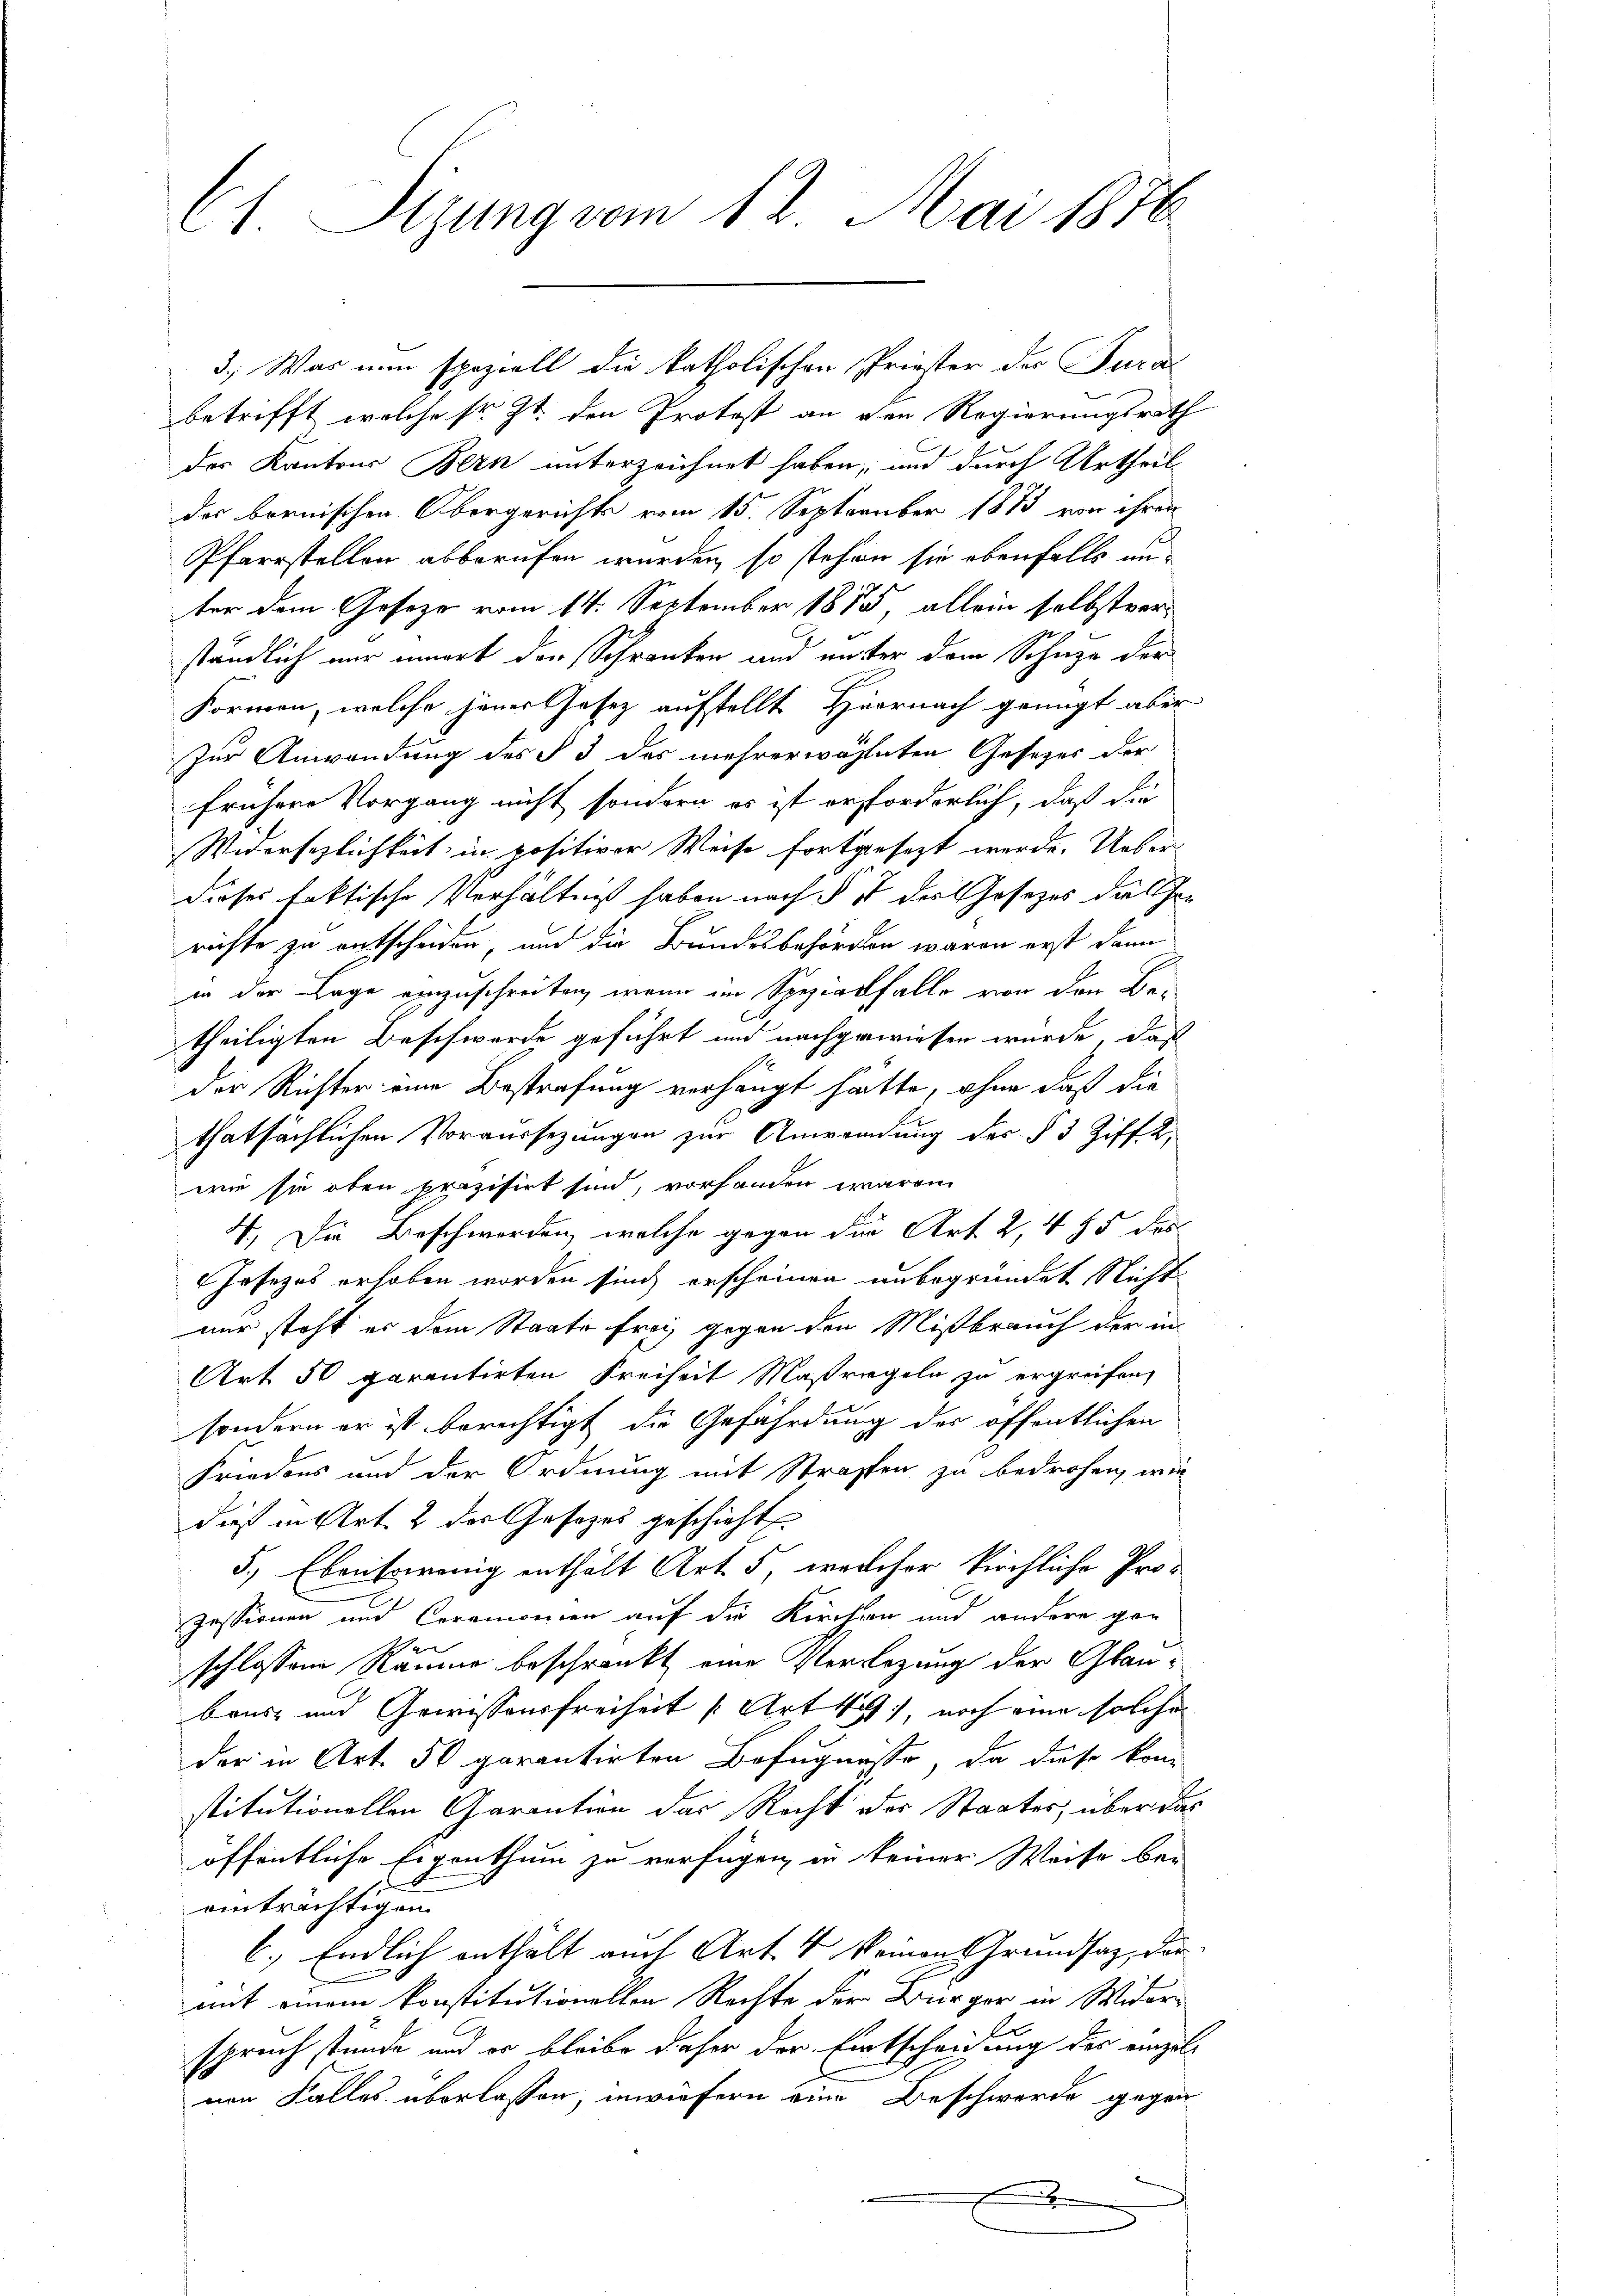
C1. Sizung vom 12. Mai 1876

betrifft, welche sr. Zt. den Protost an den Regierungsrath
des Kantons Bern unterzeichnet haben, und durch Urtheil
des bernischen Obergerichts vom 15. September 1873 von ihren
Pfarrstellen abberufen wurden, so stehen sie ebenfalls anter dem Gesezo vom 14. September 1885, allein selbstverständlich nur innert der Schranken und unter dem Schuze der
Formen, welche jener Gesetz aufstellt Herrnach genügt aber
Zur Anwendung des § 3 des mehrerwähnten Gesetzes der
frühere Vorgang nicht sondern es ist erforderlich, daß die
Widersezlichkeit in positiver Weise fortgesezt werde. Ueberdieses faktische Verhältniß haben nach § 1 des Gesetzes das Hor
richte zu entscheiden, und die Bundesbehörden waren erst dann
in der Lage einzuschreiten, wenn im Spezialfalle von den Betheiligten Beschwerde geführt und nachgewiesen wurde, daß
.
der Richter eine Bestrafung verhängt hatte, ohne daß die
thatsächlichen Voraussezungen zur Anwendung des § 3 Ziff. 2,
wie sie oben präzisirt sind, vorhanden waren
4. Die Beschwerden, welche gegen die Art 2, 4 § 5 des
Jesezes erhoben worden sind, erscheinen unbegründet Nicht
nur steht er dem Staate frei gegen den Mißbrauch der in
Art 50 parentirten Freiheit Maßregeln zu ergreifen,
sondern er ist berechtigt die Gefährdung der öffentlichen
Friedens und der Ordnung mit Strafen zu bedrohen, wie
dieß in Art. 2 der Gesetzes geschicht.
5.) Ebensowenig enthält Art. 5, welcher kirchliche Pro-
zessionen und Coramonien auf die Kirchen und andere gen
schlossene Räume beschränkt eine Verlegung der Glau¬
Brust und Gewissensfreiheit Art sich noch eine solche
der in Art. 50 parentirten Befugnisse, da diese konn
stitutionellen Garantion das Recht der Staates, über das
öffentliche Eigenthum zu verfügen, in keiner Weise bei
einträchtigen
6.) Endlich enthält auch Art. 4 keinen Grundsatz, der
mit einem konstitutionellen Rechte der Bürger in Widerspruch stunde und er bleibe daher der Entscheidung der einzelvon Falles überlassen, inwiefern eine Beschwerde gegen

E

3.) Was nun speziell die katholischen Priester der Jural